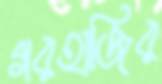
গরহাজির